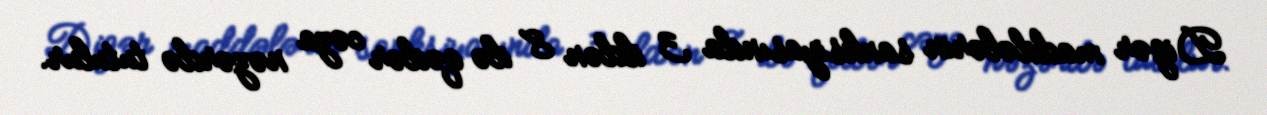
Digər maddələrin sanksiyasında 3 ildən 8 ilə qədər cəza nəzərdə tutulur.